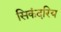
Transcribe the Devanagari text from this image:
सिकंदरिय